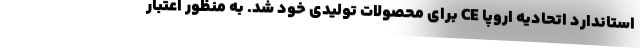
استاندارد اتحادیه اروپا CE برای محصولات توليدي خود شد. به منظور اعتبار